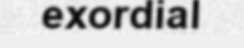
exordial